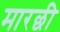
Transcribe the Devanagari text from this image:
मारछी